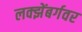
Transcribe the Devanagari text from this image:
लक्झेंबर्गवर